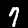
Label: 7